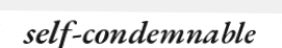
self-condemnable